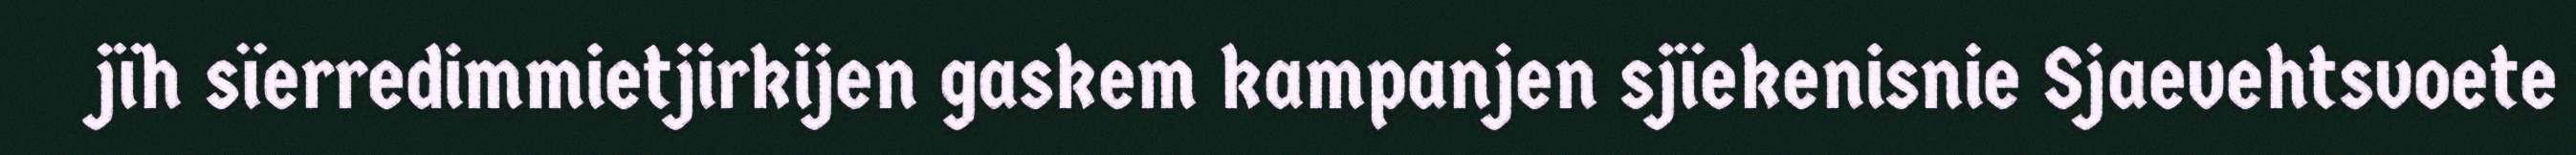
jïh sïerredimmietjirkijen gaskem kampanjen sjïekenisnie Sjaevehtsvoete